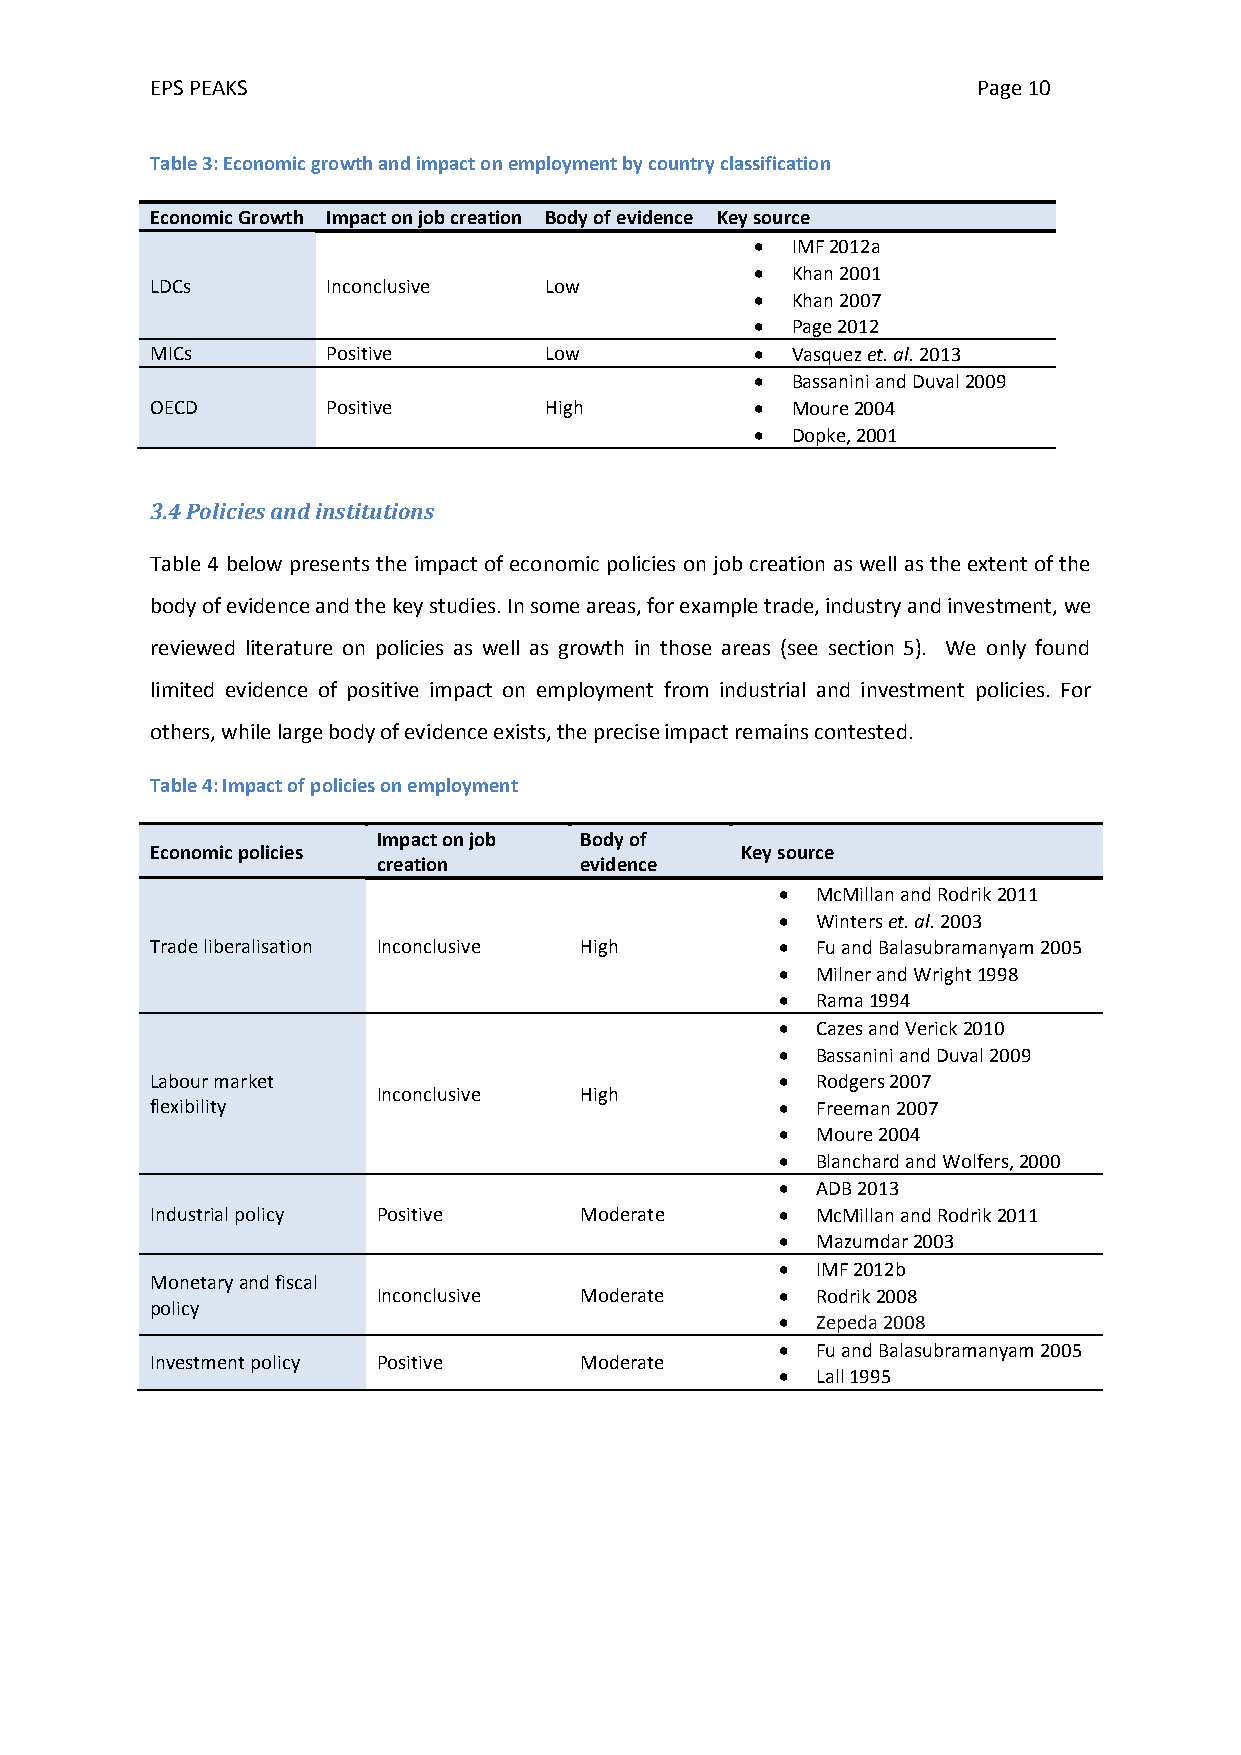
EPS PEAKS                                              Page 10
 Table 3: Economic growth and impact on employment by country classification
 Economic Growth Impact on job creation Body of evidence Key source
  IMF 2012a
  Khan 2001
 LDCs        Inconclusive  Low
  Khan 2007
  Page 2012
 MICs        Positive      Low            Vasquez et. al. 2013
  Bassanini and Duval 2009
 OECD        Positive      High           Moure 2004
  Dopke, 2001
 3.4 Policies and institutions
 Table 4 below presents the impact of economic policies on job creation as well as the extent of the
 body of evidence and the key studies. In some areas, for example trade, industry and investment, we
 reviewed literature on policies as well as growth in those areas (see section 5). We only found
 limited evidence of positive impact on employment from industrial and investment policies. For
 others, while large body of evidence exists, the precise impact remains contested.
 Table 4: Impact of policies on employment
 Impact on job Body of
 Economic policies                      Key source
 creation     evidence
  McMillan and Rodrik 2011
  Winters et. al. 2003
 Trade liberalisation Inconclusive High     Fu and Balasubramanyam 2005
  Milner and Wright 1998
  Rama 1994
  Cazes and Verick 2010
  Bassanini and Duval 2009
 Labour market                              Rodgers 2007
 Inconclusive High
 flexibility                                Freeman 2007
  Moure 2004
  Blanchard and Wolfers, 2000
  ADB 2013
 Industrial policy Positive  Moderate       McMillan and Rodrik 2011
  Mazumdar 2003
  IMF 2012b
 Monetary and fiscal
 Inconclusive Moderate       Rodrik 2008
 policy
  Zepeda 2008
  Fu and Balasubramanyam 2005
 Investment policy Positive  Moderate
  Lall 1995